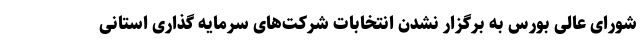
شورای عالی بورس به برگزار نشدن انتخابات شرکت‌های سرمایه گذاری استانی